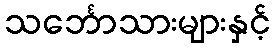
သင်္ဘောသားများနှင့်